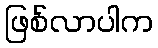
ဖြစ်လာပါက